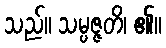
သည်။ သမ္ပဇ္ဇတိ၊ ၏။